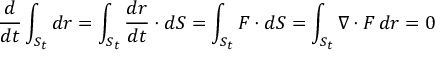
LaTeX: { \frac { d } { d t } } \int _ { S _ { t } } d { \boldsymbol { r } } = \int _ { S _ { t } } { \frac { d { \boldsymbol { r } } } { d t } } \cdot d { \boldsymbol { S } } = \int _ { S _ { t } } { \boldsymbol { F } } \cdot d { \boldsymbol { S } } = \int _ { S _ { t } } \nabla \cdot { \boldsymbol { F } } \, d { \boldsymbol { r } } = 0